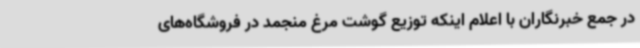
در جمع خبرنگاران با اعلام اینکه توزیع گوشت مرغ منجمد در فروشگاه‌های